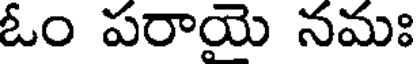
ఓం పరాయై నమః